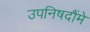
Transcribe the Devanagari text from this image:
उपनिषदौंमे